Plague in India, 1896, 1897 - Volume 3
Year: 1896
Disease focus: Plague
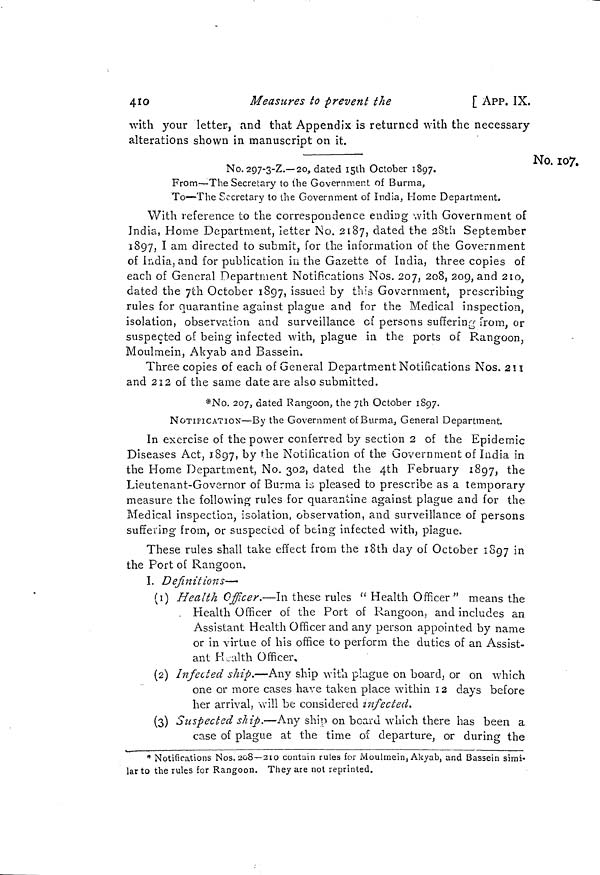
410
Measures to prevent the
[ APP. IX.
with your letter, and that Appendix is returned with the necessary
alterations shown in manuscript on it.
No. 107.
No. 297-3-Z.— 20, dated 15th October 1897.
From—The Secretary to the Government of Burma,
To—The Secretary to the Government of India, Home Department.
With reference to the correspondence ending with Government of
India, Home Department, letter No. 2187, dated the 28th September
1897, I am directed to submit, for the information of the Government
of India, and for publication in the Gazette of India, three copies of
each of General Department Notifications Nos. 207, 208, 209, and 210,
dated the 7th October 1897, issued by this Government, prescribing
rules for quarantine against plague and for the Medical inspection,
isolation, observation and surveillance of persons suffering from, or
suspected of being infected with, plague in the ports of Rangoon,
Moulmein, Akyab and Bassein.
Three copies of each of General Department Notifications Nos. 211
and 212 of the same date are also submitted.
*No. 207, dated Rangoon, the 7th October 1897.
NOTIFICATION—By the Government of Burma, General Department.
In exercise of the power conferred by section 2 of the Epidemic
Diseases Act, 1897, by the Notification of the Government of India in
the Home Department, No. 302, dated the 4th February 1897, the
Lieutenant-Governor of Burma is pleased to prescribe as a temporary
measure the following rules for quarantine against plague and for the
Medical inspection, isolation, observation, and surveillance of persons
suffering from, or suspected of being infected with, plague.
These rules shall take effect from the 18th day of October 1897 in
the Port of Rangoon.
I. Definitions—
(1) Health Officer.—IK these rules " Health Officer" means the
. Health Officer of the Port of Rangoon, and includes an
Assistant Health Officer and any person appointed by name
or in virtue of his office to perform the duties of an Assist-
ant Health Officer.
(2) Infected ship.—Any ship with plague on board, or on which
one or more cases have taken place within 12 days before
her arrival, will be considered infected.
(3) Suspected ship.—Any ship on board which there has been a
case of plague at the time of departure, or during the
* Notifications Nos. 208—210 contain rules for Moulmein, Akyab, and Bassein simi-
lar to the rules for Rangoon. They are not reprinted.